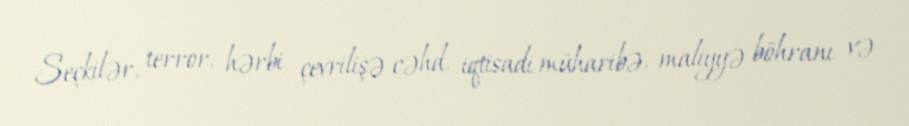
Seçkilər, terror, hərbi çevrilişə cəhd, iqtisadi müharibə, maliyyə böhranı və